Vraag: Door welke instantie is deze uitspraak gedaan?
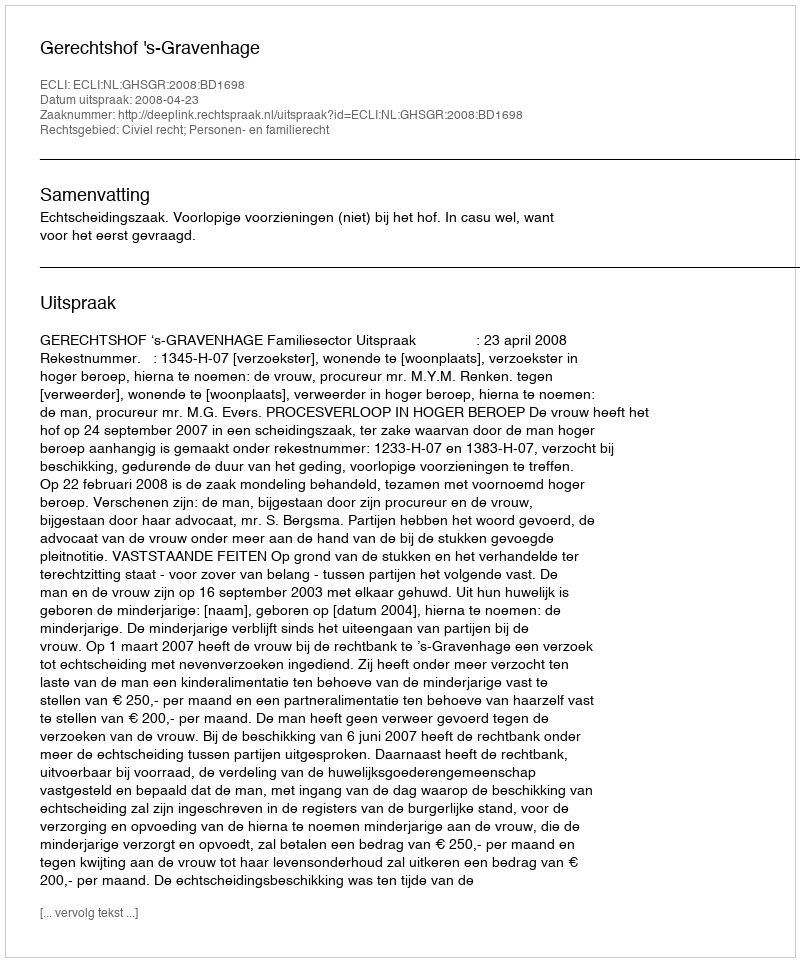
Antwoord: Gerechtshof 's-Gravenhage